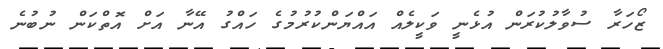
ޒޯހަރާ ސުވާލުކުރަން އުޅެނީ ވަކީލެއް އައްޔަންކުރުމުގެ ހައްގު އޭނާ އަށް އޮތްކަން ނުބުނެ